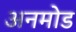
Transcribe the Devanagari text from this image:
अनमोड